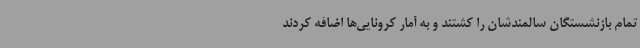
تمام بازنشستگان سالمندشان را کشتند و به آمار کرونایی‌ها اضافه کردند